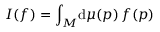
I ( f ) = \int _ { M } \! \mathrm { d } \mu ( p ) \, f ( p )